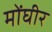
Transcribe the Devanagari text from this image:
मोंघीर